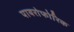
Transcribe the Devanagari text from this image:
पायरोफोरिक